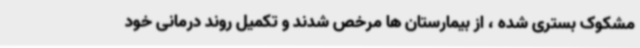
مشکوک بستری شده ، از بیمارستان ها مرخص شدند و تکمیل روند درمانی خود